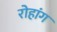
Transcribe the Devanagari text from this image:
रोहांग